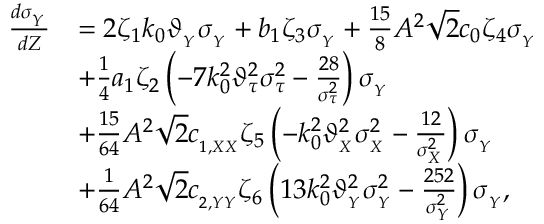
\begin{array} { r l } { \frac { d \sigma _ { _ Y } } { d Z } } & { = 2 \zeta _ { 1 } k _ { 0 } \vartheta _ { _ { Y } } \sigma _ { _ Y } + b _ { 1 } \zeta _ { 3 } \sigma _ { _ Y } + \frac { 1 5 } { 8 } A ^ { 2 } \sqrt { 2 } c _ { 0 } \zeta _ { 4 } \sigma _ { _ Y } } \\ & { + \frac { 1 } { 4 } a _ { 1 } \zeta _ { 2 } \left( - 7 k _ { 0 } ^ { 2 } \vartheta _ { \tau } ^ { 2 } \sigma _ { \tau } ^ { 2 } - \frac { 2 8 } { \sigma _ { \tau } ^ { 2 } } \right) \sigma _ { _ Y } } \\ & { + \frac { 1 5 } { 6 4 } A ^ { 2 } \sqrt { 2 } c _ { _ { 1 , X X } } \zeta _ { 5 } \left( - k _ { 0 } ^ { 2 } \vartheta _ { _ { X } } ^ { 2 } \sigma _ { _ X } ^ { 2 } - \frac { 1 2 } { \sigma _ { _ X } ^ { 2 } } \right) \sigma _ { _ Y } } \\ & { + \frac { 1 } { 6 4 } A ^ { 2 } \sqrt { 2 } c _ { _ { 2 , Y Y } } \zeta _ { 6 } \left( 1 3 k _ { 0 } ^ { 2 } \vartheta _ { _ { Y } } ^ { 2 } \sigma _ { _ Y } ^ { 2 } - \frac { 2 5 2 } { \sigma _ { _ Y } ^ { 2 } } \right) \sigma _ { _ Y } , } \end{array}